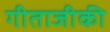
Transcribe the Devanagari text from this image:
गीताजीकी